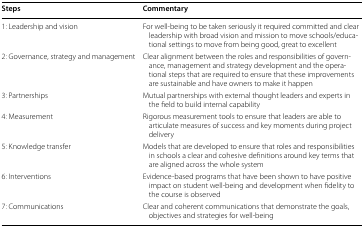
<table><thead><tr><td><b>Steps</b></td><td><b>Commentary</b></td></tr></thead><tbody><tr><td>1: Leadership and vision</td><td>For well-being to be taken seriously it required committed and clear leadership with broad vision and mission to move schools/educational settings to move from being good, great to excellent</td></tr><tr><td>2: Governance, strategy and management</td><td>Clear alignment between the roles and responsibilities of governance, management and strategy development and the operational steps that are required to ensure that these improvements are sustainable and have owners to make it happen</td></tr><tr><td>3: Partnerships</td><td>Mutual partnerships with external thought leaders and experts in the field to build internal capability</td></tr><tr><td>4: Measurement</td><td>Rigorous measurement tools to ensure that leaders are able to articulate measures of success and key moments during project delivery</td></tr><tr><td>5: Knowledge transfer</td><td>Models that are developed to ensure that roles and responsibilities in schools a clear and cohesive definitions around key terms that are aligned across the whole system</td></tr><tr><td>6: Interventions</td><td>Evidence-based programs that have been shown to have positive impact on student well-being and development when fidelity to the course is observed</td></tr><tr><td>7: Communications</td><td>Clear and coherent communications that demonstrate the goals, objectives and strategies for well-being</td></tr></tbody></table>